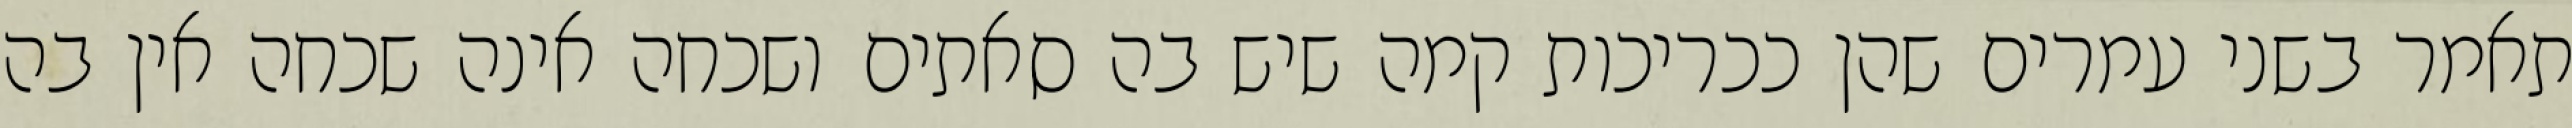
תאמר בשני עמרים שהן ככריכות קמה שיש בה סאתים ושכחה אינה שכחה אין בה